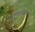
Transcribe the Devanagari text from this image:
कालावधीकरता